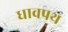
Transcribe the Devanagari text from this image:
धावपथ